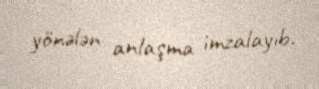
yönələn anlaşma imzalayıb.